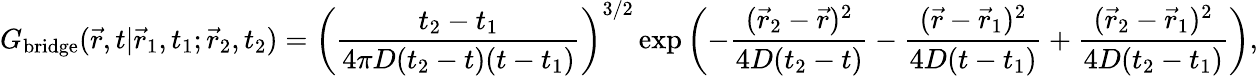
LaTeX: G_{\mathrm{bridge}}(\vec{r},t|\vec{r}_{1},t_{1};\vec{r}_{2},t_{2})=\left(\frac{t_{2}-t_{1}}{4\pi D(t_{2}-t)(t-t_{1})}\right)^{3/2}\exp\left(-\frac{(\vec{r}_{2}-\vec{r})^{2}}{4D(t_{2}-t)}-\frac{(\vec{r}-\vec{r}_{1})^{2}}{4D(t-t_{1})}+\frac{(\vec{r}_{2}-\vec{r}_{1})^{2}}{4D(t_{2}-t_{1})}\right),